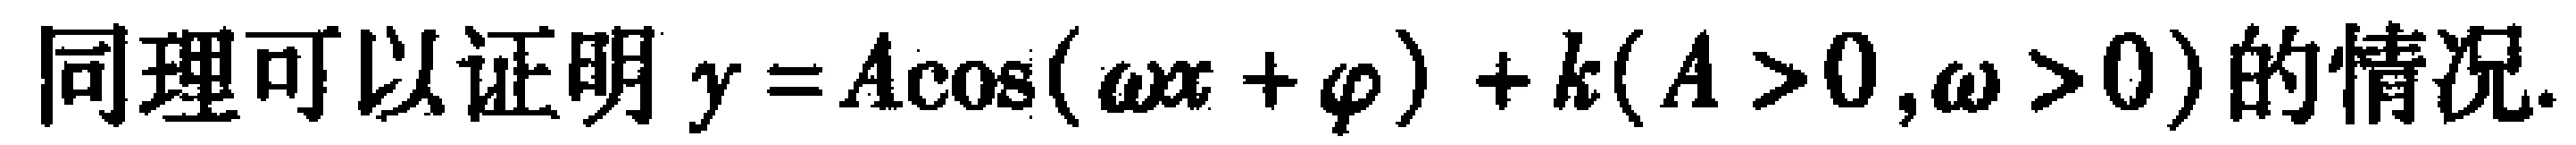
同理可以证明\(y = A\cos(\omega x + \varphi)+k(A > 0,\omega > 0)\)的情况.